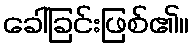
ခေါ်ခြင်းဖြစ်၏။